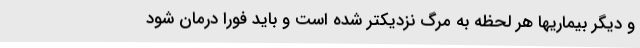
و دیگر بیماریها هر لحظه به مرگ نزدیکتر شده است و باید فورا درمان شود